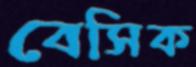
বেসিক